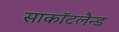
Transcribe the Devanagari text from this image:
साकाॅटलैन्ड